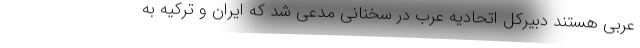
عربی هستند دبیرکل اتحادیه عرب در سخنانی مدعی شد که ایران و ترکیه به